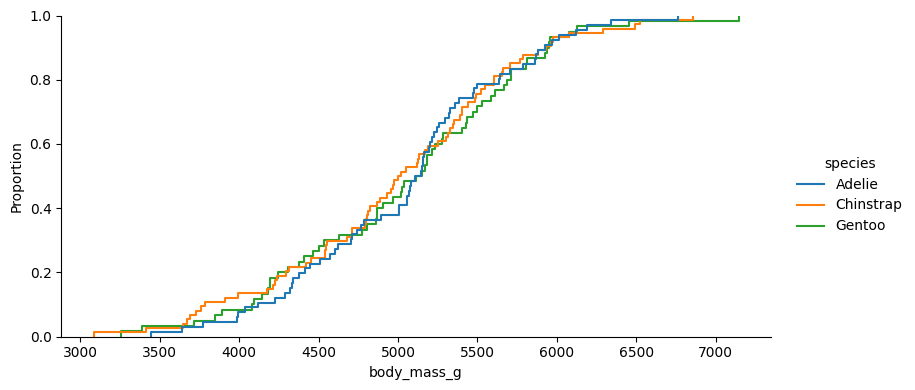
python, seaborn, displot, kind='ecdf', column='body_mass_g', hue='species', height=4, aspect=2.0